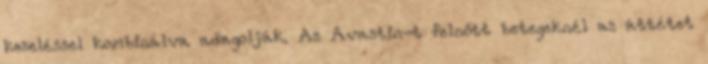
kezeléssel kombinálva adagolják. Az Avastin-t felnőtt betegeknél az áttétet